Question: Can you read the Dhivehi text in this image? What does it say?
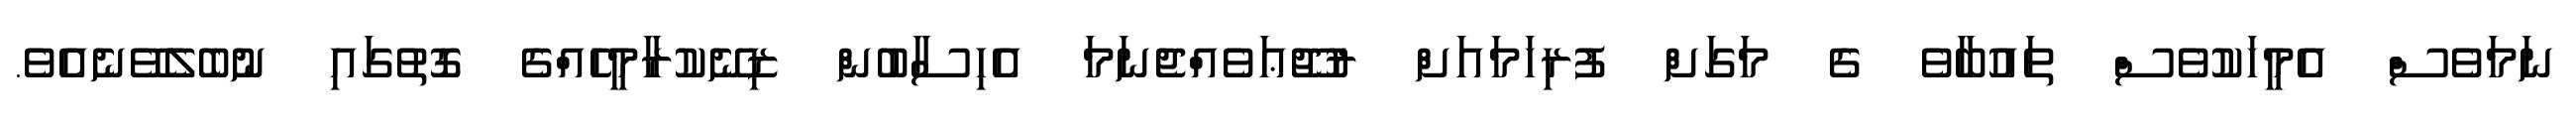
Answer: ނަމަވެސް އެމީހަކުވެސް ތައުބާވެ ގެ މަގަށް ފުރިހަމައަށް ރުޖޫޢަވެއްޖެނަމަ އެހިސާބުން ޒިނޭކުރާމީހެއްގެ ގޮތުގައި ނުބެލެވޭނެއެވެ.